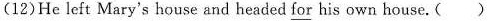
(12)He left Mary's house and headed for his own house.( )